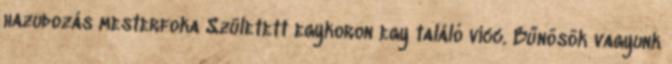
hazudozás mesterfoka Született egykoron egy találó vicc. Bűnösök vagyunk